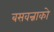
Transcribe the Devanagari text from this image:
बसवन्नाको